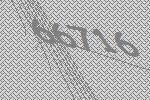
66716